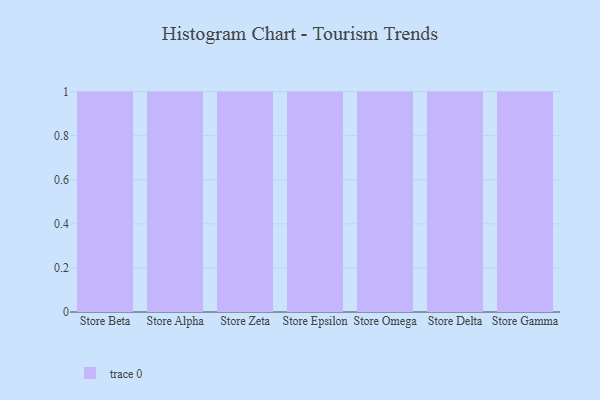
{"axis": {"x": "Store", "y": "Temperature (°C)"}, "legend": [""], "data": [{"x": "Store Beta", "y": 20, "type": ""}, {"x": "Store Alpha", "y": 13, "type": ""}, {"x": "Store Zeta", "y": 47, "type": ""}, {"x": "Store Epsilon", "y": 54, "type": ""}, {"x": "Store Omega", "y": 81, "type": ""}, {"x": "Store Delta", "y": 94, "type": ""}, {"x": "Store Gamma", "y": 60, "type": ""}]}